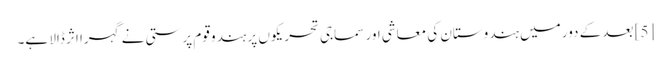
[5] بعد کے دور میں ہندوستان کی معاشی اور سماجی تحریکوں پر ہندو قوم پرستی نے گہرا اثر ڈالا ہے۔